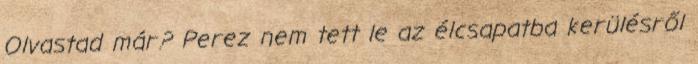
Olvastad már? Perez nem tett le az élcsapatba kerülésről